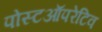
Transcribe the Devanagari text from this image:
पोस्टऑपरेटिव